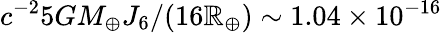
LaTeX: c^{-2}5GM_{\oplus}J_{6}/(16\mathbb{R}_{\oplus})\sim1.04\times10^{-16}